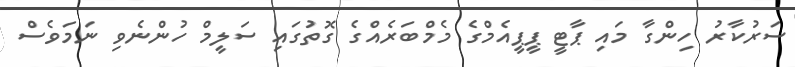
ސަރުކާރު ހިންގާ މައި ޕާޓީ ޕީޕީއެމްގެ މެމްބަރެއްގެ ގޮތުގައި ސަލީމް ހުންނެވި ނަމަވެސް